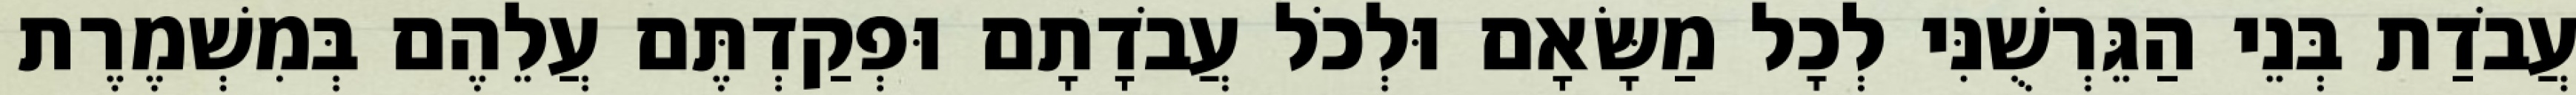
עֲבֹדַת בְּנֵי הַגֵּרְשֻׁנִּי לְכָל מַשָּׂאָם וּלְכֹל עֲבֹדָתָם וּפְקַדְתֶּם עֲלֵהֶם בְּמִשְׁמֶרֶת